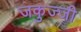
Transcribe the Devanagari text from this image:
जकुज्जी